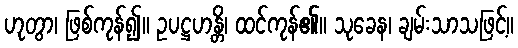
ဟုတွာ၊ ဖြစ်ကုန်၍။ ဥပဋ္ဌဟန္တိ၊ ထင်ကုန်၏။ သုခေန၊ ချမ်းသာသဖြင့်။